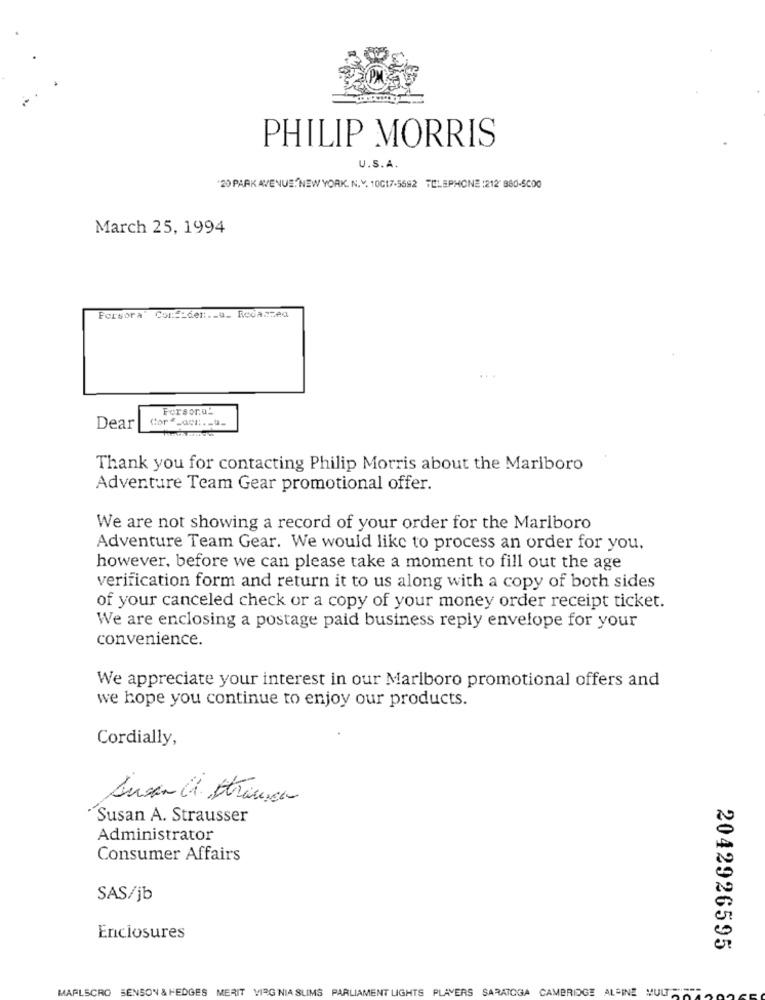
PHILIP MORRIS
U.S.A.
"20 PARK AVENUE"NEW YORK. N.Y. 10017-5692 TELEPHONE :212' 880-5000
March 25, 1994
Forsora'
Con __ den .- u_ Redazzed
Forsora-
Cor _cor :.- u.
Dear
Thank you for contacting Philip Morris about the Marlboro
Adventure Team Gear promotional offer.
We are not showing a record of your order for the Marlboro
Adventure Team Gear. We would like to process an order for you.
however, before we can please take a moment to fill out the age
verification form and return it to us along with a copy of both sides
of your canceled check or a copy of your money order receipt ticket.
We are enclosing a postage paid business reply envelope for your
convenience.
We appreciate your interest in our Marlboro promotional offers and
we hope you continue to enjoy our products.
Cordially,
Susan A. Strausser
Administrator
Consumer Affairs
SAS/jb
Enclosures
2042926595
MAFLSCRO BENSON & HEDGES MERIT VIRG NIA SLIMS PARLIAMENT LIGHTS PLAYERS SARATOGA CAMBRIDGE ALPINE MULTI PONT